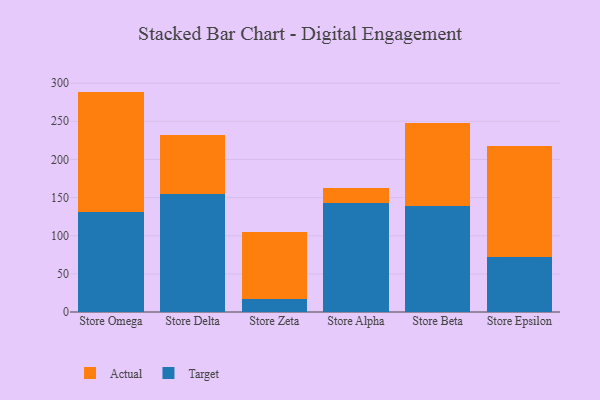
{"axis": {"x": "Store", "y": "Shipments"}, "legend": ["Actual", "Target"], "data": [{"x": "Store Omega", "y": 131.7, "type": "Target"}, {"x": "Store Omega", "y": 157.2, "type": "Actual"}, {"x": "Store Delta", "y": 155.0, "type": "Target"}, {"x": "Store Delta", "y": 77.5, "type": "Actual"}, {"x": "Store Zeta", "y": 17.6, "type": "Target"}, {"x": "Store Zeta", "y": 87.3, "type": "Actual"}, {"x": "Store Alpha", "y": 143.3, "type": "Target"}, {"x": "Store Alpha", "y": 19.4, "type": "Actual"}, {"x": "Store Beta", "y": 138.9, "type": "Target"}, {"x": "Store Beta", "y": 108.7, "type": "Actual"}, {"x": "Store Epsilon", "y": 71.6, "type": "Target"}, {"x": "Store Epsilon", "y": 146.4, "type": "Actual"}]}